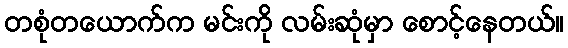
တစုံတယောက်က မင်းကို လမ်းဆုံမှာ စောင့်နေတယ်။